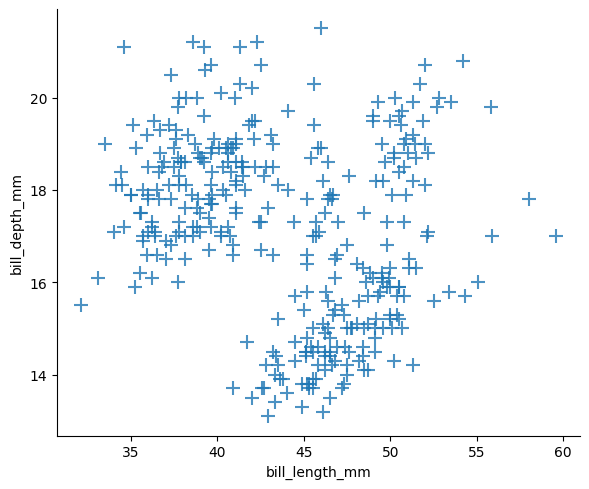
python, seaborn, lmplot, aspect=1.2, order=1, markers='+'